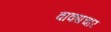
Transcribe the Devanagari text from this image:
वाकप्रचार